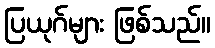
ပြယုဂ်များ ဖြစ်သည်။